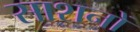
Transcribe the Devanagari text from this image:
साशनों